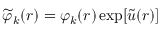
\widetilde { \varphi } _ { k } ( r ) = \varphi _ { k } ( r ) \exp [ \widetilde { u } ( r ) ]